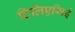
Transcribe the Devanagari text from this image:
टिलिएसिई